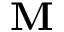
\mathbf { M }